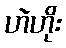
ဟဲဟိုး